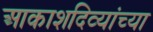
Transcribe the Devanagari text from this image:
आकाशदिव्यांच्या